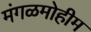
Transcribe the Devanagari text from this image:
मंगळमोहीम